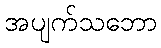
အပျက်သဘော